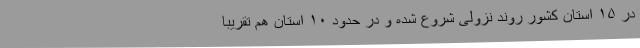
در ۱۵ استان کشور روند نزولی شروع شده و در حدود ۱۰ استان هم تقریبا